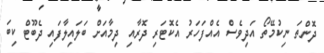
ދޮންތަ ނިކުމޭތޯ އަދިވެސް އެއްފަހަރު އެކޮޓަރި ދޮރާއި ދިމާއަށް ބަލައިލާފައި ދެބޫޓް ކިބަ